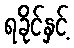
ရခိုင်နှင့်